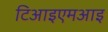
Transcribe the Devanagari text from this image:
टिआइएमआइ